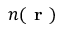
n ( \textbf { r } )